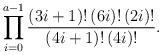
LaTeX: \begin{align*} \prod _{i=0} ^{a-1}\frac {(3i+1)!\,(6i)!\,(2i)!} {(4i+1)!\,(4i)!}. \end{align*}